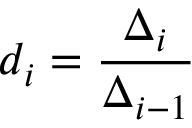
d _ { i } = \frac { \Delta _ { i } } { \Delta _ { i - 1 } }